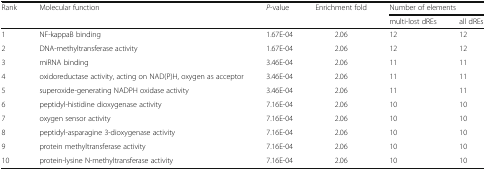
<table><thead><tr><td rowspan="2"><b>Rank</b></td><td rowspan="2"><b>Molecular function</b></td><td rowspan="2"><b><i>P</i>-value</b></td><td rowspan="2"><b>Enrichment fold</b></td><td colspan="2"><b>Number of elements</b></td></tr><tr><td><b>multi-lost dREs</b></td><td><b>all dREs</b></td></tr></thead><tbody><tr><td>1</td><td>NF-kappaB binding</td><td>1.67E-04</td><td>2.06</td><td>12</td><td>12</td></tr><tr><td>2</td><td>DNA-methyltransferase activity</td><td>1.67E-04</td><td>2.06</td><td>12</td><td>12</td></tr><tr><td>3</td><td>miRNA binding</td><td>3.46E-04</td><td>2.06</td><td>11</td><td>11</td></tr><tr><td>4</td><td>oxidoreductase activity, acting on NAD(P)H, oxygen as acceptor</td><td>3.46E-04</td><td>2.06</td><td>11</td><td>11</td></tr><tr><td>5</td><td>superoxide-generating NADPH oxidase activity</td><td>3.46E-04</td><td>2.06</td><td>11</td><td>11</td></tr><tr><td>6</td><td>peptidyl-histidine dioxygenase activity</td><td>7.16E-04</td><td>2.06</td><td>10</td><td>10</td></tr><tr><td>7</td><td>oxygen sensor activity</td><td>7.16E-04</td><td>2.06</td><td>10</td><td>10</td></tr><tr><td>8</td><td>peptidyl-asparagine 3-dioxygenase activity</td><td>7.16E-04</td><td>2.06</td><td>10</td><td>10</td></tr><tr><td>9</td><td>protein methyltransferase activity</td><td>7.16E-04</td><td>2.06</td><td>10</td><td>10</td></tr><tr><td>10</td><td>protein-lysine N-methyltransferase activity</td><td>7.16E-04</td><td>2.06</td><td>10</td><td>10</td></tr></tbody></table>